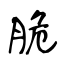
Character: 脆